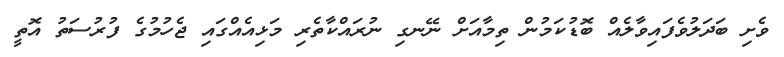
ވެށި ބަދަލުވެފައިވާލެއް ބޮޑުކަމުން ތިމާއަށް ނޭނގި ނުރައްކާތެރި މަޅިއެއްގައި ޖެހުމުގެ ފުރުސަތު އޮތީ